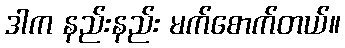
ဒါက နည်းနည်း မက်စောက်တယ်။